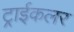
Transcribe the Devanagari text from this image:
ट्राईकलर